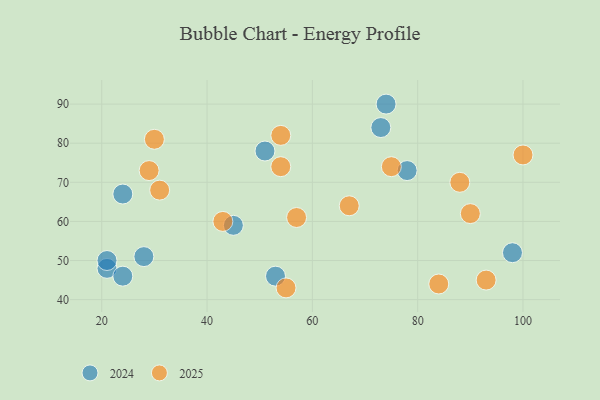
{"axis": {"x": "GDP", "y": "Life Expectancy"}, "legend": ["2024", "2025"], "data": [{"x": "90", "y": 62, "type": "2025"}, {"x": "75", "y": 74, "type": "2025"}, {"x": "30", "y": 81, "type": "2025"}, {"x": "88", "y": 70, "type": "2025"}, {"x": "100", "y": 77, "type": "2025"}, {"x": "54", "y": 74, "type": "2025"}, {"x": "84", "y": 44, "type": "2025"}, {"x": "29", "y": 73, "type": "2025"}, {"x": "93", "y": 45, "type": "2025"}, {"x": "55", "y": 43, "type": "2025"}, {"x": "54", "y": 82, "type": "2025"}, {"x": "57", "y": 61, "type": "2025"}, {"x": "67", "y": 64, "type": "2025"}, {"x": "43", "y": 60, "type": "2025"}, {"x": "31", "y": 68, "type": "2025"}, {"x": "53", "y": 46, "type": "2024"}, {"x": "21", "y": 48, "type": "2024"}, {"x": "73", "y": 84, "type": "2024"}, {"x": "24", "y": 67, "type": "2024"}, {"x": "51", "y": 78, "type": "2024"}, {"x": "74", "y": 90, "type": "2024"}, {"x": "21", "y": 50, "type": "2024"}, {"x": "24", "y": 46, "type": "2024"}, {"x": "45", "y": 59, "type": "2024"}, {"x": "98", "y": 52, "type": "2024"}, {"x": "78", "y": 73, "type": "2024"}, {"x": "28", "y": 51, "type": "2024"}]}